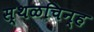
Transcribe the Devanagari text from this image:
स्थळचिन्ह